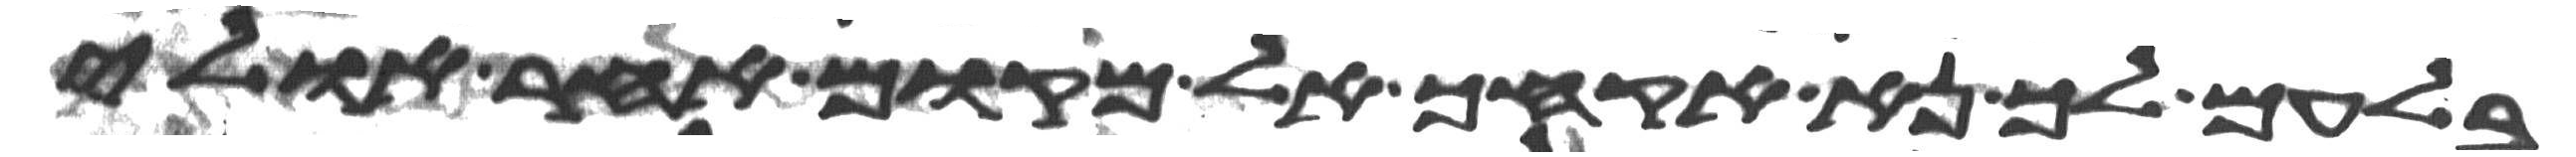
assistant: בלעם לך נא אקחך אל מקום אחר אולי